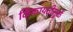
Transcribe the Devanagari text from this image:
किफायतीमुळें